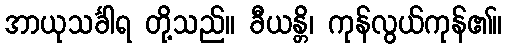
အာယုသင်္ခါရ တို့သည်။ ခီယန္တိ၊ ကုန်လွယ်ကုန်၏။